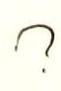
?